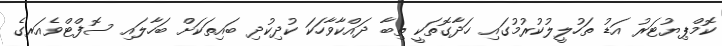
ކޮމްޕިޔުޓަރު އަޑު ތަހުލީލުކުރުމުގައި ހަދާގޮތަކީ ތިބާ ދައްކާވާހަކަ ކުދިކުދި ބައިތަކަށް ބަހާލައި ސޮފްޓްވެއަރގެ